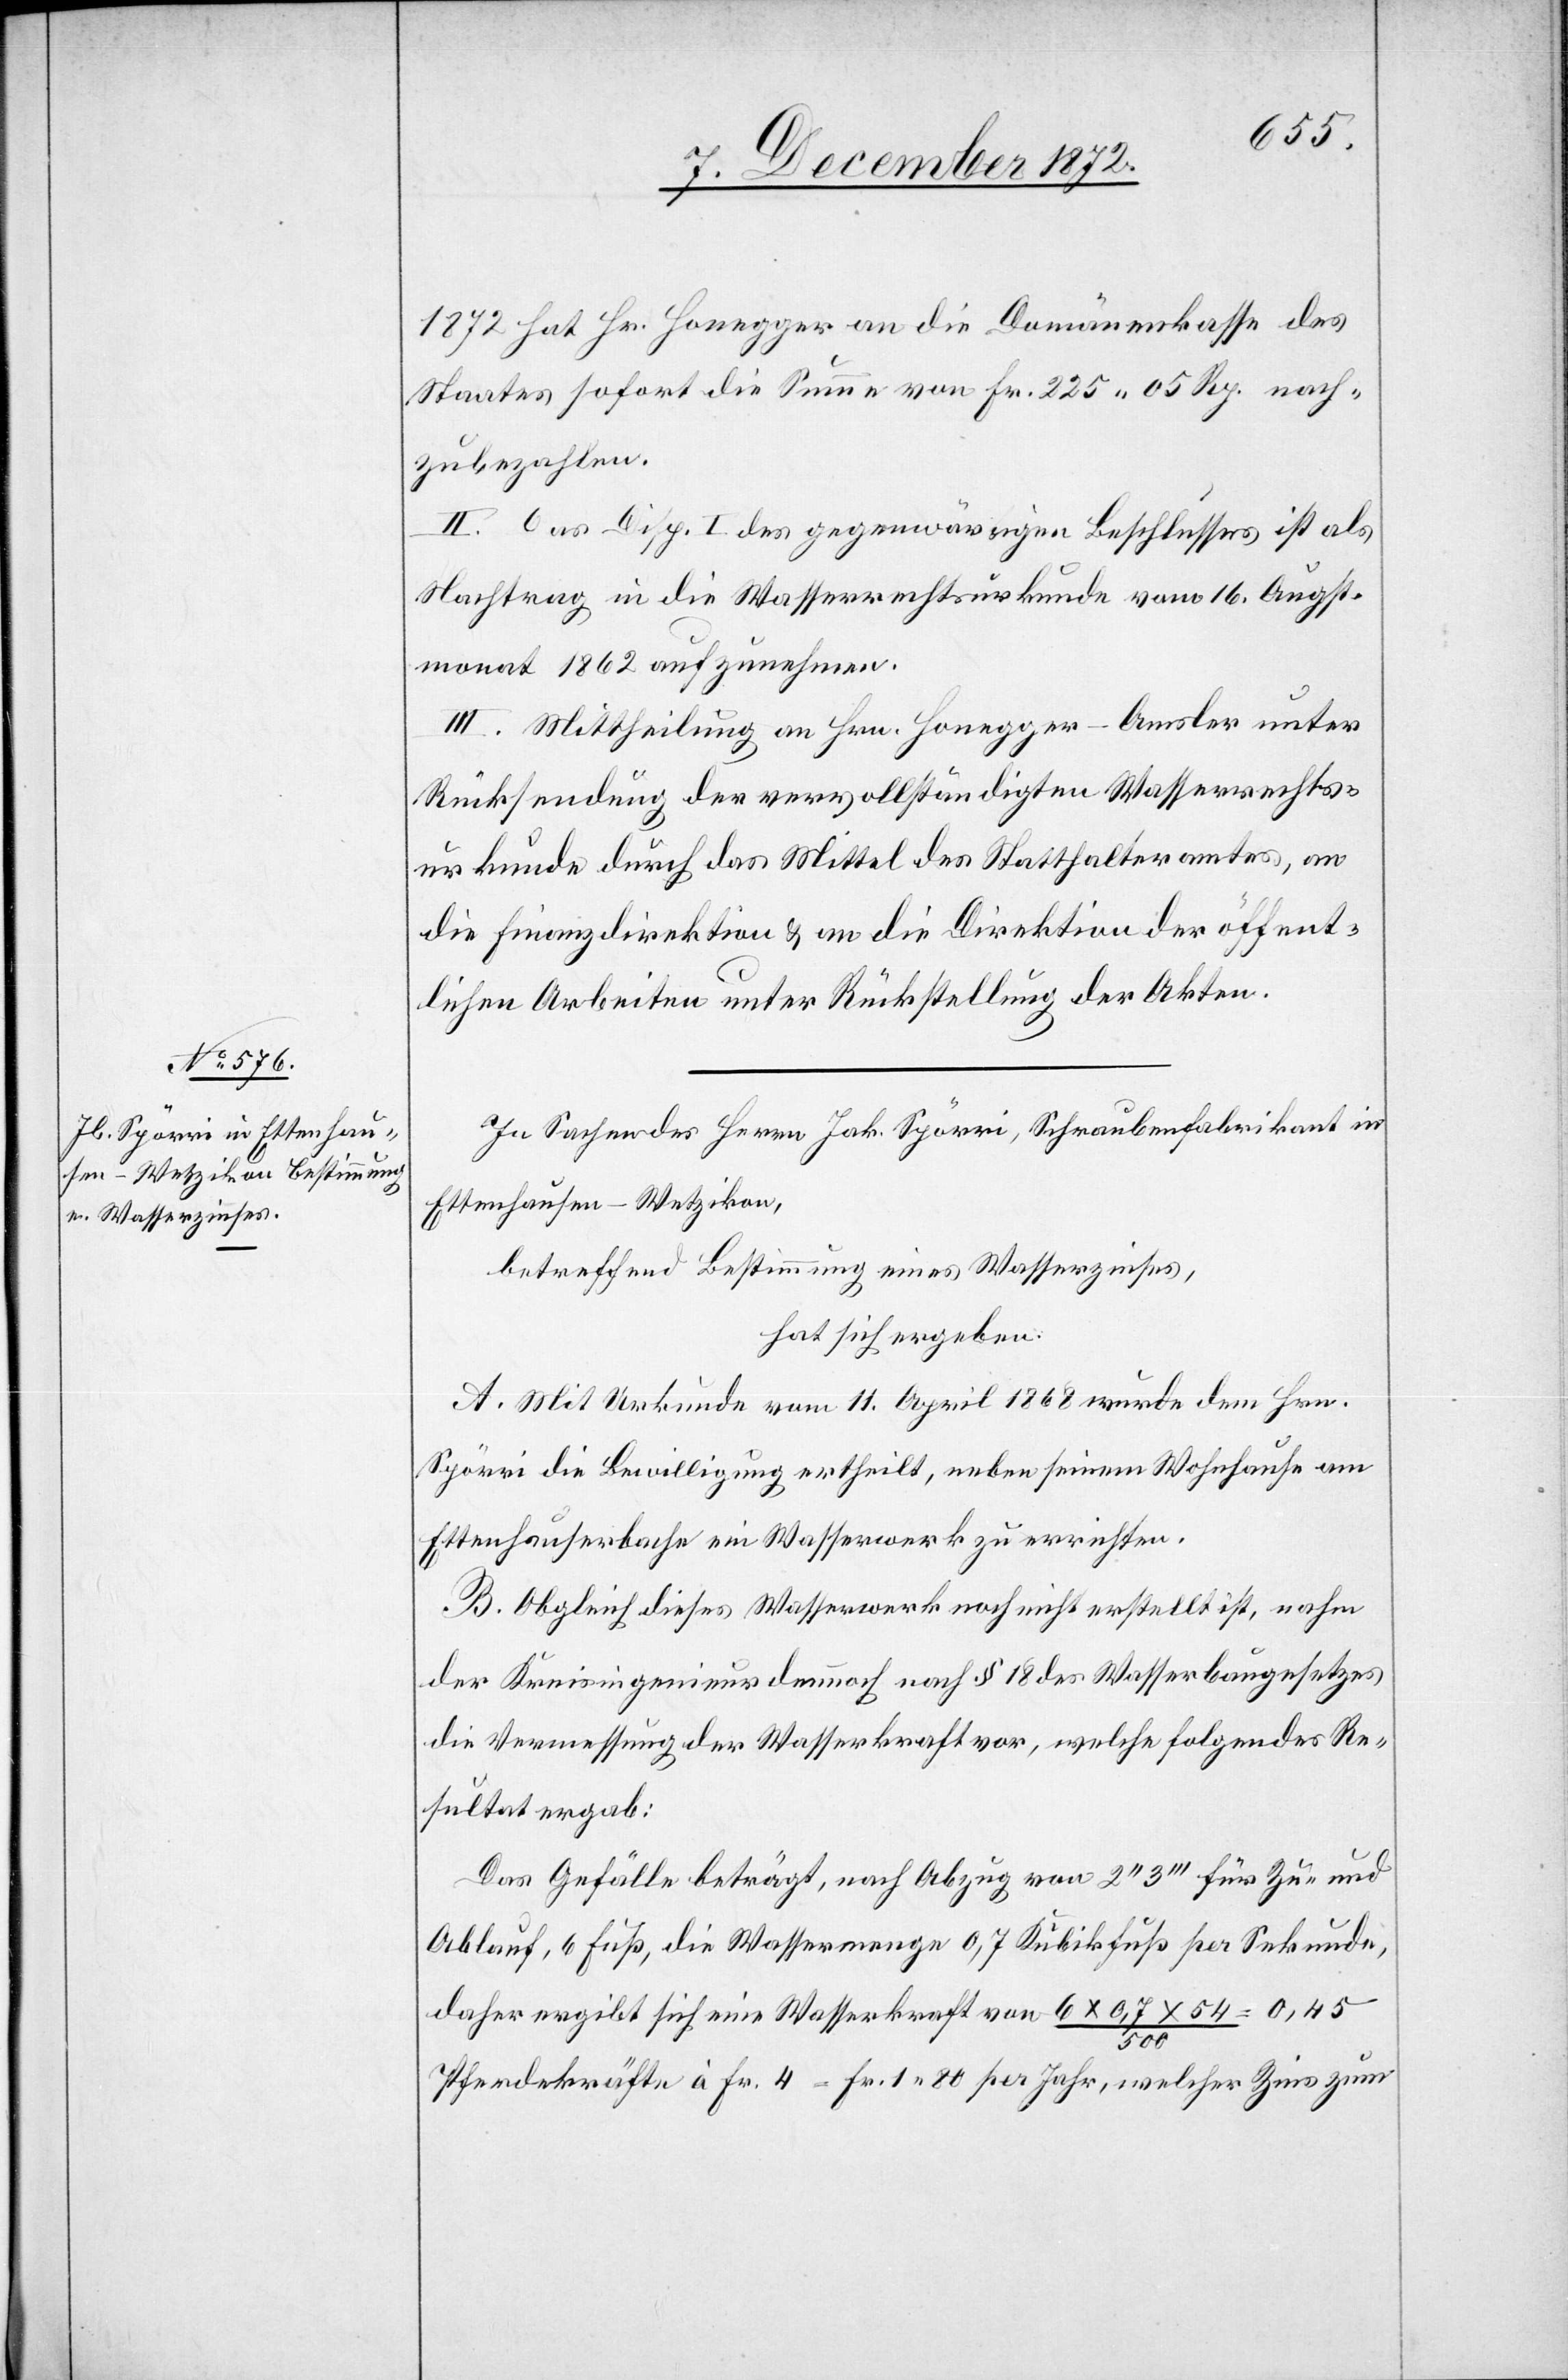
1872 hat Hr. Honegger an die Domänenkasse des
Staates sofort die Summe von Fr. 225 05 Rp. nach¬
zubezahlen.
II. Das Disp. I des gegenwärtigen Beschlusses ist als
Nachtrag in die Wasserrechtsurkunde vom 16. Augst¬
monat 1862 aufzunehmen.
III. Mittheilung an Hrn. Honegger-Amsler unter
Rücksendung der vervollständigten Wasserrechts¬
urkunde durch das Mittel des Statthalteramtes, an
die Finanzdirektion u. an die Direktion der öffent¬
lichen Arbeiten unter Rückstellung der Akten.
In Sachen des Herrn Jak. Spörri, Schraubenfabrikant in
Ettenhausen-Wetzikon,
betreffend Bestimmung eines Wasserzinses,
hat sich ergeben:
A. Mit Urkunde vom 11. April 1868 wurde dem Hrn.
Spörri die Bewilligung ertheilt, neben seinem Wohnhause am
Ettenhauserbache ein Wasserwerk zu errichten.
B. Obgleich dieses Wasserwerk noch nicht erstellt ist, nahm
der Kreisingenieur dennoch nach § 18 des Wasserbaugesetzes
die Vermessung der Wasserkraft vor, welche folgendes Re¬
sultat ergab:
Das Gefälle beträgt, nach Abzug von 2’’3’’’ für Zu- und
Ablauf, 6 Fuß, die Wassermenge 0,7 Kubikfuß per Sekunde,
daher ergibt sich eine Wasserkraft von 6 x 0,7 x 54 / 500
Pferdekräfte à Fr. 4 = Fr. 1 80 per Jahr, welcher Zins zum